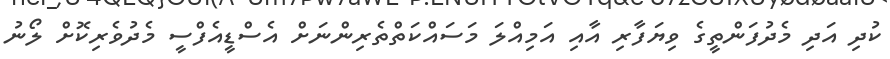
ކުދި އަދި މެދުފަންތީގެ ވިޔަފާރި އާއި އަމިއްލަ މަސައްކަތްތެރިންނަށް އެސްޑީއެފްސީ މެދުވެރިކޮށް ލޯނު